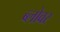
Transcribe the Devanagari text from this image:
ब्लोवर